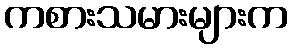
ကစားသမားများက